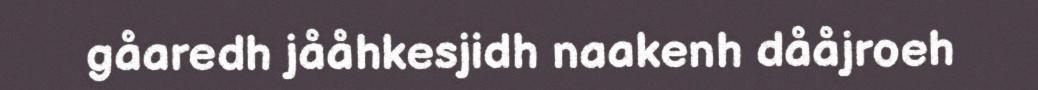
gåaredh jååhkesjidh naakenh dååjroeh